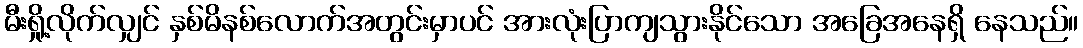
မီးရှို့လိုက်လျှင် နှစ်မိနစ်လောက်အတွင်းမှာပင် အားလုံးပြာကျသွားနိုင်သော အခြေအနေရှိ နေသည်။